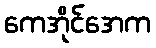
ကေအိုင်အေက